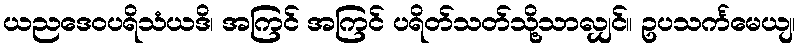
ယညဒေဝပရိသံယဒိ၊ အကြင် အကြင် ပရိတ်သတ်သို့သာလျှင်။ ဥပသင်္ကမေယျ၊